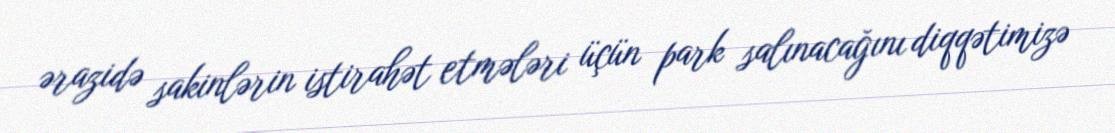
ərazidə sakinlərin istirahət etmələri üçün park salınacağını diqqətimizə